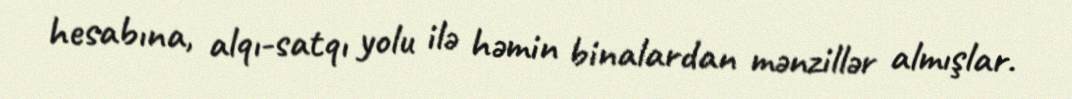
hesabına, alqı-satqı yolu ilə həmin binalardan mənzillər almışlar.